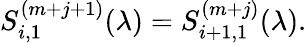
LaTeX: S_{i,1}^{(m+j+1)}(\lambda)=S_{i+1,1}^{(m+j)}(\lambda).